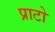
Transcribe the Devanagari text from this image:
प्राटो